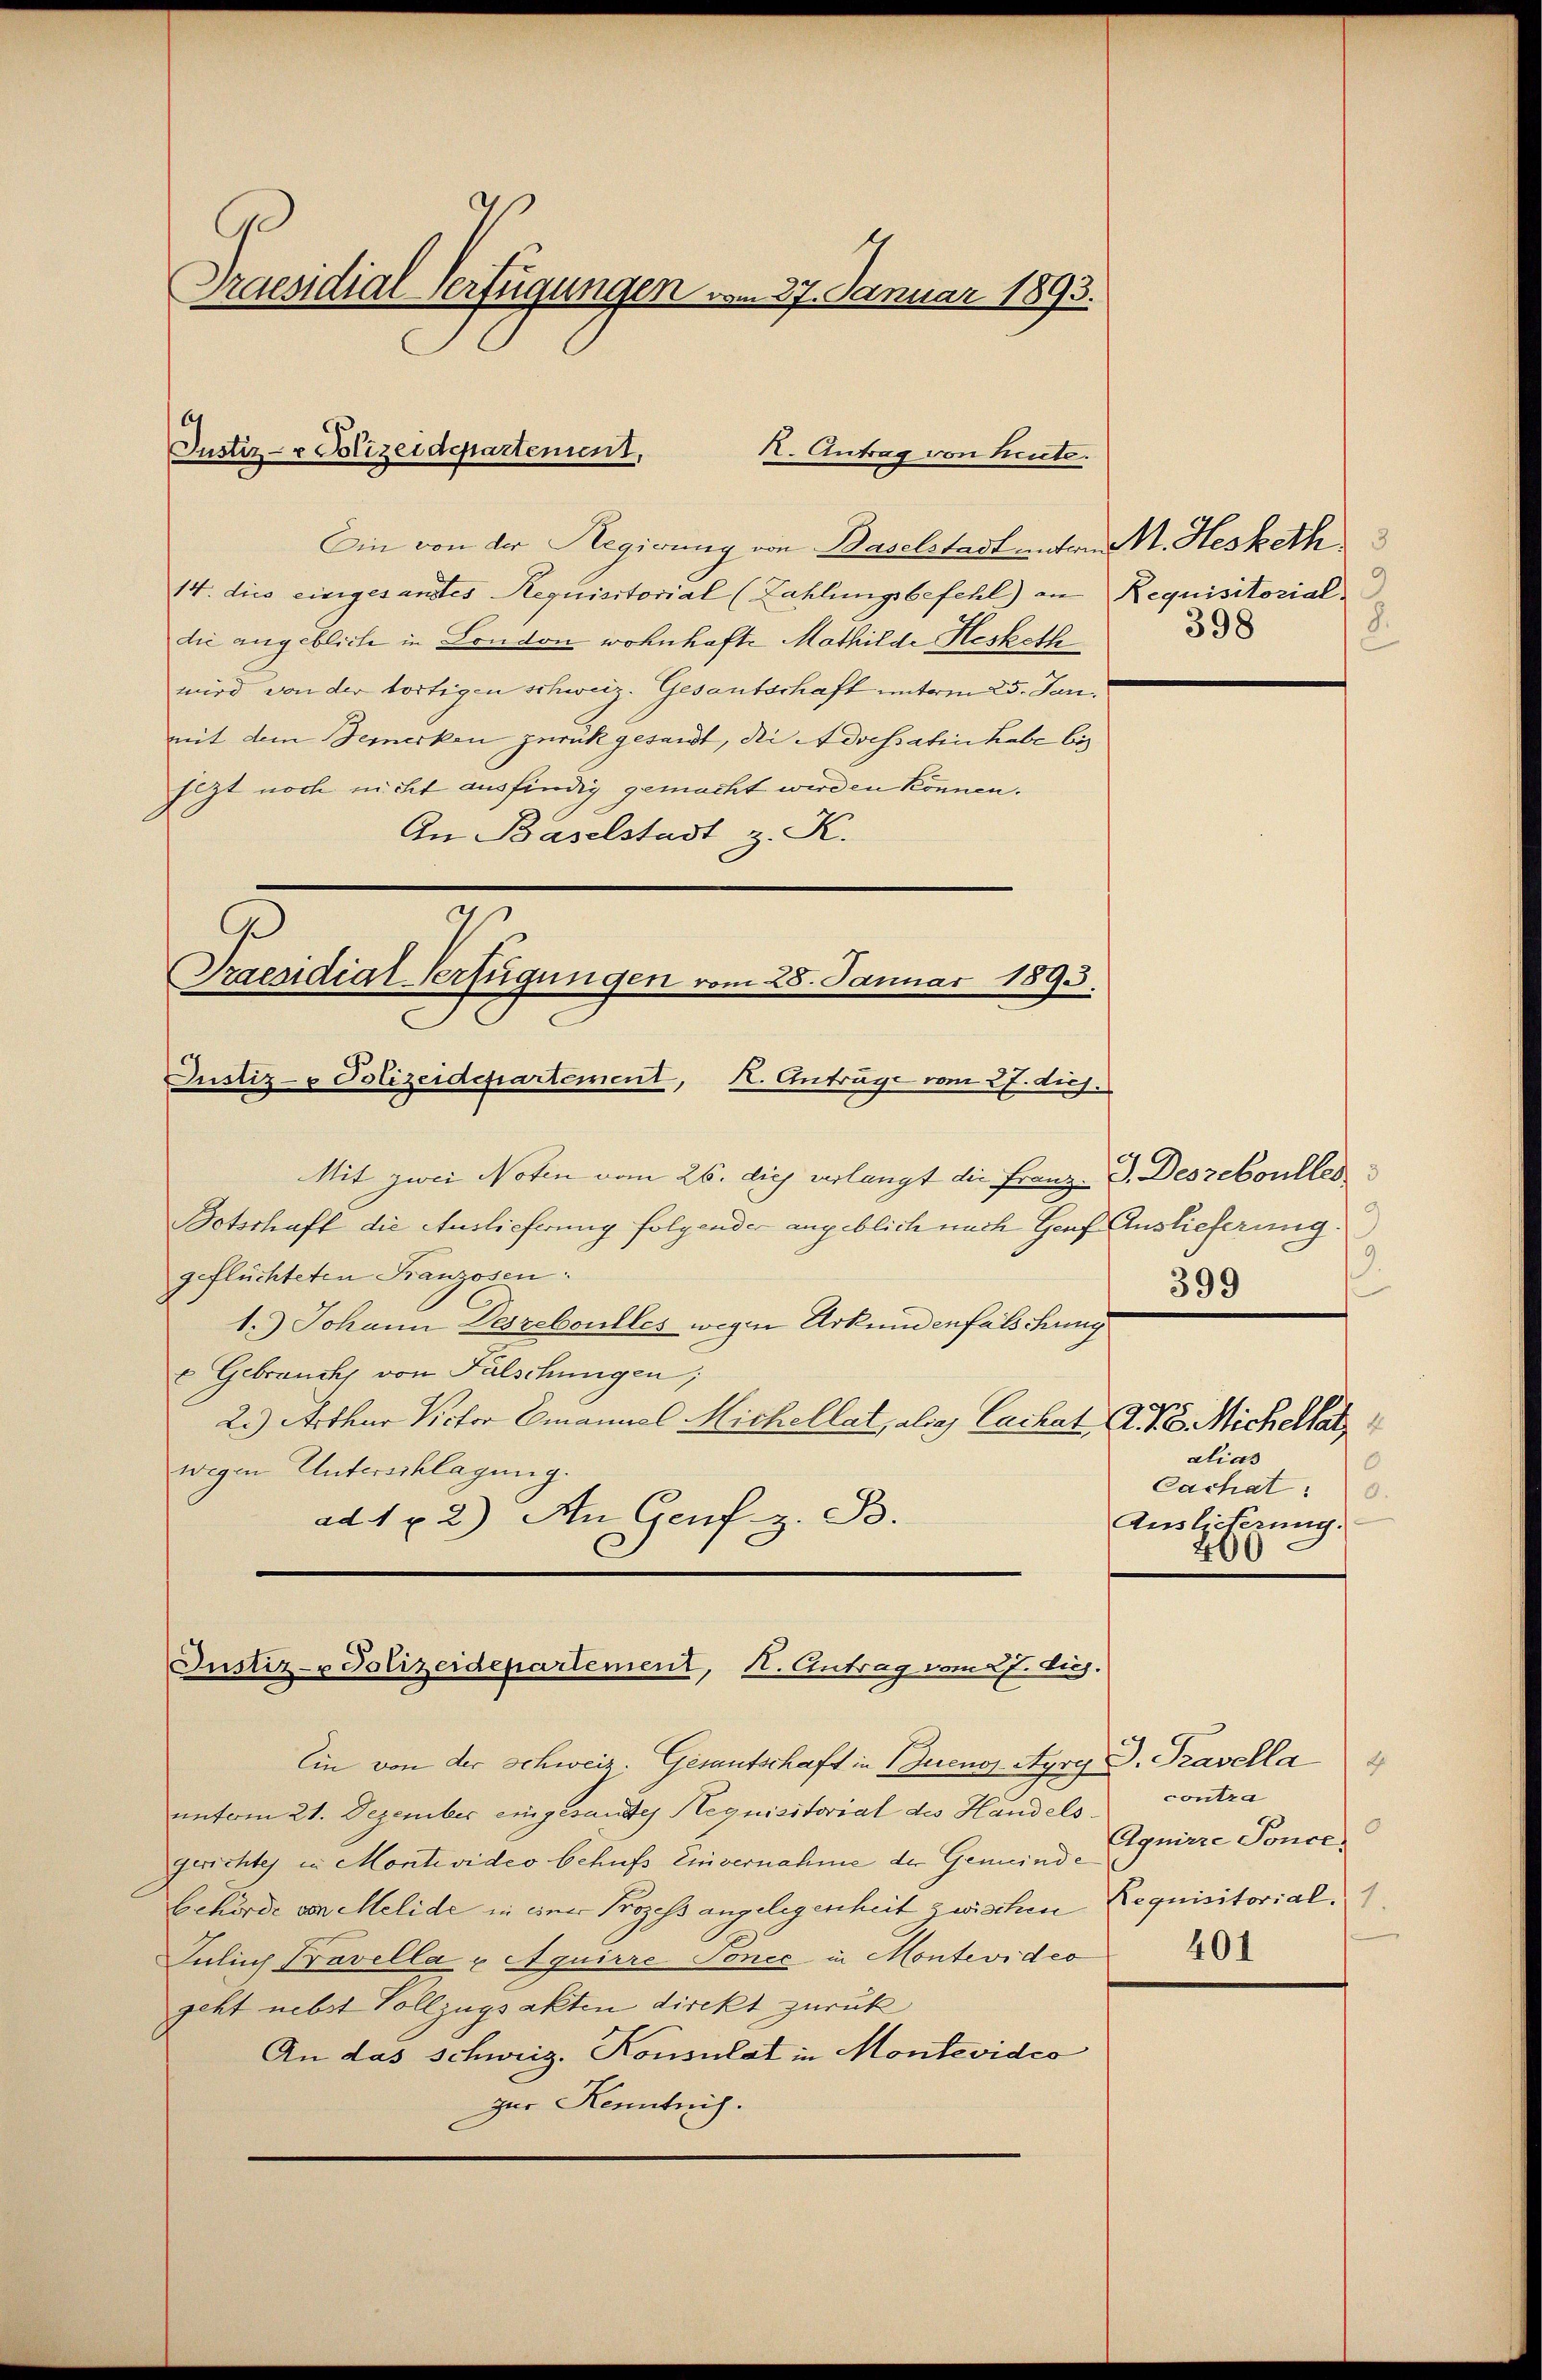
Praesidial-Verfügungen vom 27. Januar 1893.

Justiz- & Polizeidepartement,
R. Antrag von heute.

Justiz- & Polizeidepartement, K. Anträge vom 27. dich.

Ein von der Regierung von Baselstadt unten M. Hesketh
14. dies eingesandtes Requisitorial (Zahlungsbefehl) an Requisitorial
die angeblich in London wohnhafte Mathilde Hesketh
wird von der fortigen schweiz. Gesantschaft unterm 25. Jan.
mit dem Bemerken zurückgesandt, die Adressatin habe bis
sezt noch nicht ausfindig gemacht werden können.
An Baselstadt z. K.
Praesidial-Verfügungen vom 28. Januar 1893.

Justiz- & Polizeidepartement, H. Antrag vom 27. huj.

Ein von der Schweiz. Gemütschaft in Buenos Ayry D. Pravella
unterm 21. Dezember eingesandtes Requisitorial des Handelsgerichtes in Montevideo behufs Einvernahme der Gemeinde
Gehörde von Melide in einer Prozess angelegenheit zwischen Requisitorial.
Julich Bravella u Aquirre Tonec in Montevideo
geht nebst Vollzugsakten direkt zurück
An das Schweiz. Konsulat in Montevideo
zur Kenntnis.

8.
398

Mit zwei Noten vom 26. dies verlangt die Franz- B. Deszeboulles
Botschaft die Auslieferung folgender angeblich nach Genf Auslieferung.
geflüchteten Franzosen.
1.) Johann Deszeboulles wegen Urkundenfalschung
6 Gebrauch von Falschungen;
2.) Arthur Victor Emanuel Michellat, als es Cachat A. V. Michelhatz
wegen Unterschlagung.
ad 1 x 2) An Genf z. B.

9.
399

alias
Cachat:
.
e
Ausleiterung.
200

Ah
contra
Agniere Ponce,
401